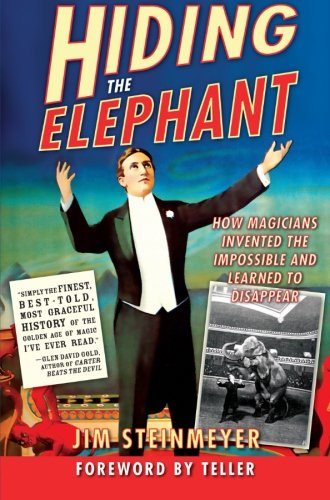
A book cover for Hiding the Elephant: How Magicians Invented the Impossible and Learned to Disappear; Jim Steinmeyer; Humor & Entertainment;